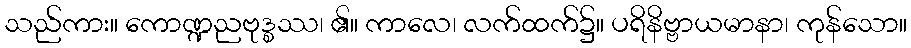
သည်ကား။ ကောဏ္ဍညဗုဒ္စဿ၊ ၏။ ကာလေ၊ လက်ထက်၌။ ပရိနိဗ္ဗာယမာနာ၊ ကုန်သော။